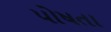
પોષતા